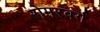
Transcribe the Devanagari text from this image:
रोमरबर्ग